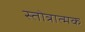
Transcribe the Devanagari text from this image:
स्तोत्रात्मक